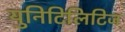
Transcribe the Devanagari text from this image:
युनिटिलिटिज